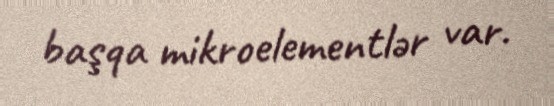
başqa mikroelementlər var.